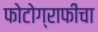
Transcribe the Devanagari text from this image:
फोटोग्राफीचा